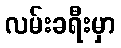
လမ်းခရီးမှာ